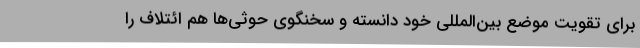
برای تقویت موضع بین‌المللی خود دانسته و سخنگوی حوثی‌ها هم ائتلاف را